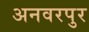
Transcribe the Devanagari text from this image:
अनवरपुर